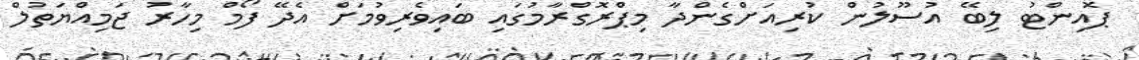
ޕޮއިންޓު ލިބޭ އުސޫލުން ކުރިއަށްގެންދާ މިޕްރޮގްރާމުގައި ބައިވެރިވުމަށް އެދޭ ފޯމް މިހާރު ޖަމިއްޔަތުލް